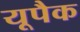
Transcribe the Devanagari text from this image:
यूपैक